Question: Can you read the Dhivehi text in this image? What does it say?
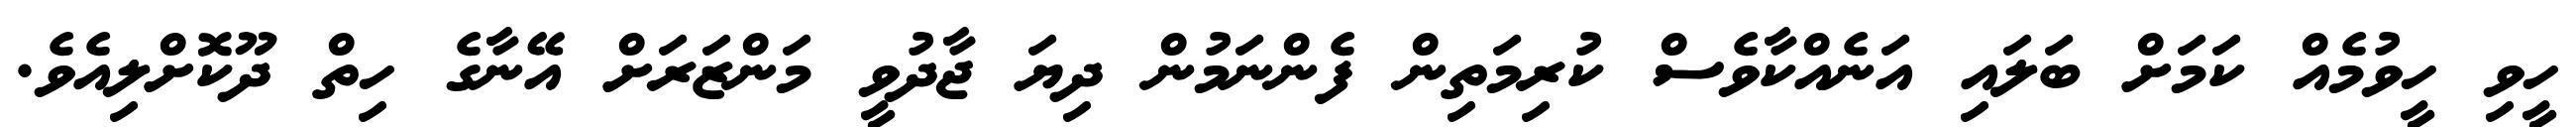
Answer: ހީވި ހީވުމެއް ކަމަށް ބަލައި އަނެއްކާވެސް ކުރިމަތިން ފެންނަމުން ދިޔަ ޖާދުވީ މަންޒަރަށް އޭނާގެ ހިތް ދޫކޮށްލިއެވެ.